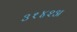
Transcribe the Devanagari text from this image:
३१४२अ